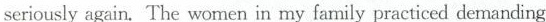
seriously again.The women in my family practiced demanding